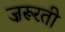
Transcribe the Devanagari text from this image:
ज़रूरती